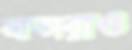
ভ্রাতারাও